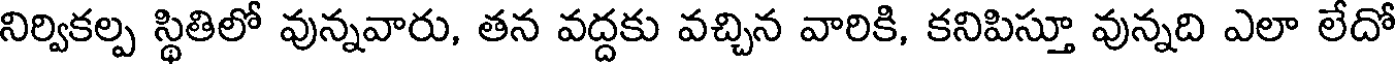
నిర్వికల్ప స్థితిలో వున్నవారు, తన వద్దకు వచ్చిన వారికి, కనిపిస్తూ వున్నది ఎలా లేదో